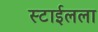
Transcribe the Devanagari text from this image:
स्टाईलला